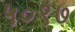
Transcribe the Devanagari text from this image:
५०९७